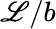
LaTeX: \mathscr{L}/b